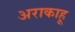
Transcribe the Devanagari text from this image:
अराकाहू